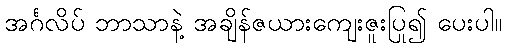
အင်္ဂလိပ် ဘာသာနဲ့ အချိန်ဇယားကျေးဇူးပြု၍ ပေးပါ။